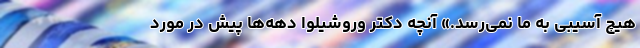
هیچ آسیبی به ما نمی‌رسد.» آنچه دکتر وروشیلوا دهه‌ها پیش در موردِ